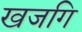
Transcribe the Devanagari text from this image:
खजगि